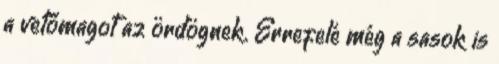
a vetőmagot az ördögnek. Errefelé még a sasok is